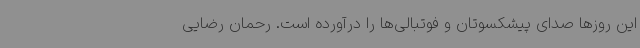
این روزها صدای پیشکسوتان و فوتبالی‌ها را درآورده است. رحمان رضایی